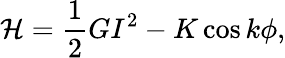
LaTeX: \mathcal{H}=\frac{1}{2}GI^{2}-K\cos k\phi,